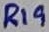
Text: R19